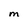
Character: M